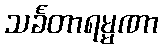
သင်္ခတာရမ္မဏာ